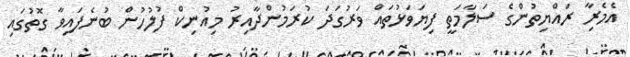
އެމެރިާ ރައްޔިތުންގެ ސަލާމަތީ ފިޔަވަޅުތައް ވަރުގަދަ ކުރަމުންދާއިރު މިއުނިކް ފުލުހުން ބުނެފައިވާ ގޮތުގައި